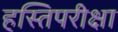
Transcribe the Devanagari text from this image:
हस्तिपरीक्षा